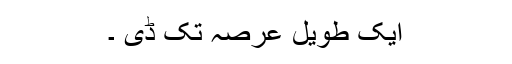
ایک طویل عرصہ تک ڈی ۔